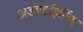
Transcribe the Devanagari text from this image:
अडवर्टाइज़िंग